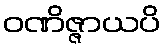
ဝဏိဇ္ဇာယပိ